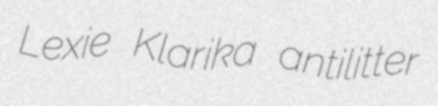
Lexie Klarika antilitter